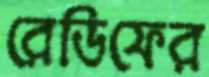
রেডিফের